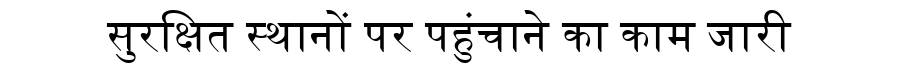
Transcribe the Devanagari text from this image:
सुरक्षित स्थानों पर पहुंचाने का काम जारी